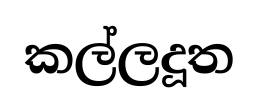
කල්ලදූත